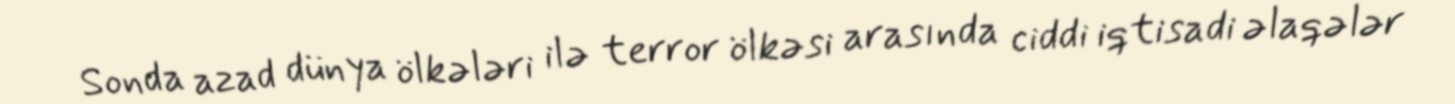
Sonda azad dünya ölkələri ilə terror ölkəsi arasında ciddi iqtisadi əlaqələr